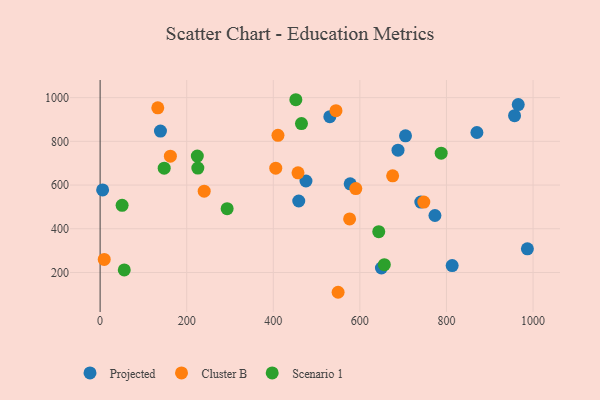
{"axis": {"x": "Price", "y": "Yield"}, "legend": ["Cluster B", "Projected", "Scenario 1"], "data": [{"x": "705.4", "y": 825.2, "type": "Projected"}, {"x": "740.7", "y": 521.9, "type": "Projected"}, {"x": "986.9", "y": 308.4, "type": "Projected"}, {"x": "813.2", "y": 231.4, "type": "Projected"}, {"x": "957.3", "y": 917.2, "type": "Projected"}, {"x": "688.1", "y": 759.7, "type": "Projected"}, {"x": "965.8", "y": 968.2, "type": "Projected"}, {"x": "139.4", "y": 847.1, "type": "Projected"}, {"x": "649.8", "y": 220.5, "type": "Projected"}, {"x": "458.8", "y": 527.1, "type": "Projected"}, {"x": "773.4", "y": 460.6, "type": "Projected"}, {"x": "870.3", "y": 840.4, "type": "Projected"}, {"x": "475.5", "y": 618.6, "type": "Projected"}, {"x": "5.8", "y": 577.5, "type": "Projected"}, {"x": "530.6", "y": 912.7, "type": "Projected"}, {"x": "577.6", "y": 605.7, "type": "Projected"}, {"x": "240.4", "y": 572.2, "type": "Cluster B"}, {"x": "576.3", "y": 444.9, "type": "Cluster B"}, {"x": "405.7", "y": 677.3, "type": "Cluster B"}, {"x": "544.8", "y": 940.3, "type": "Cluster B"}, {"x": "457.1", "y": 655.8, "type": "Cluster B"}, {"x": "549.7", "y": 109.4, "type": "Cluster B"}, {"x": "675.7", "y": 642.1, "type": "Cluster B"}, {"x": "590.6", "y": 583.9, "type": "Cluster B"}, {"x": "747.7", "y": 522.3, "type": "Cluster B"}, {"x": "162.3", "y": 732.0, "type": "Cluster B"}, {"x": "9.5", "y": 259.5, "type": "Cluster B"}, {"x": "410.8", "y": 827.5, "type": "Cluster B"}, {"x": "133.2", "y": 953.4, "type": "Cluster B"}, {"x": "224.5", "y": 732.7, "type": "Scenario 1"}, {"x": "225.7", "y": 677.8, "type": "Scenario 1"}, {"x": "55.8", "y": 211.8, "type": "Scenario 1"}, {"x": "656.5", "y": 235.7, "type": "Scenario 1"}, {"x": "50.8", "y": 507.4, "type": "Scenario 1"}, {"x": "452.1", "y": 990.4, "type": "Scenario 1"}, {"x": "148.0", "y": 677.1, "type": "Scenario 1"}, {"x": "643.6", "y": 386.9, "type": "Scenario 1"}, {"x": "465.1", "y": 881.5, "type": "Scenario 1"}, {"x": "293.4", "y": 491.9, "type": "Scenario 1"}, {"x": "787.8", "y": 745.9, "type": "Scenario 1"}]}